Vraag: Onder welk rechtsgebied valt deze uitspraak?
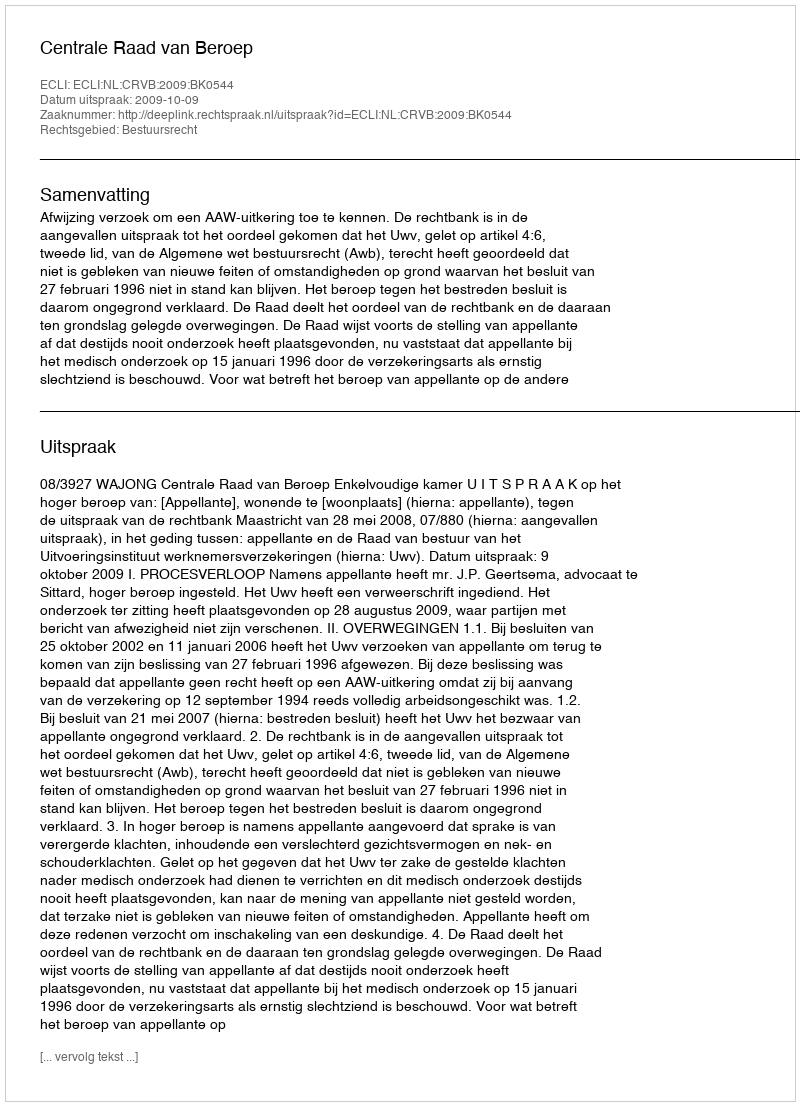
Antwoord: Bestuursrecht